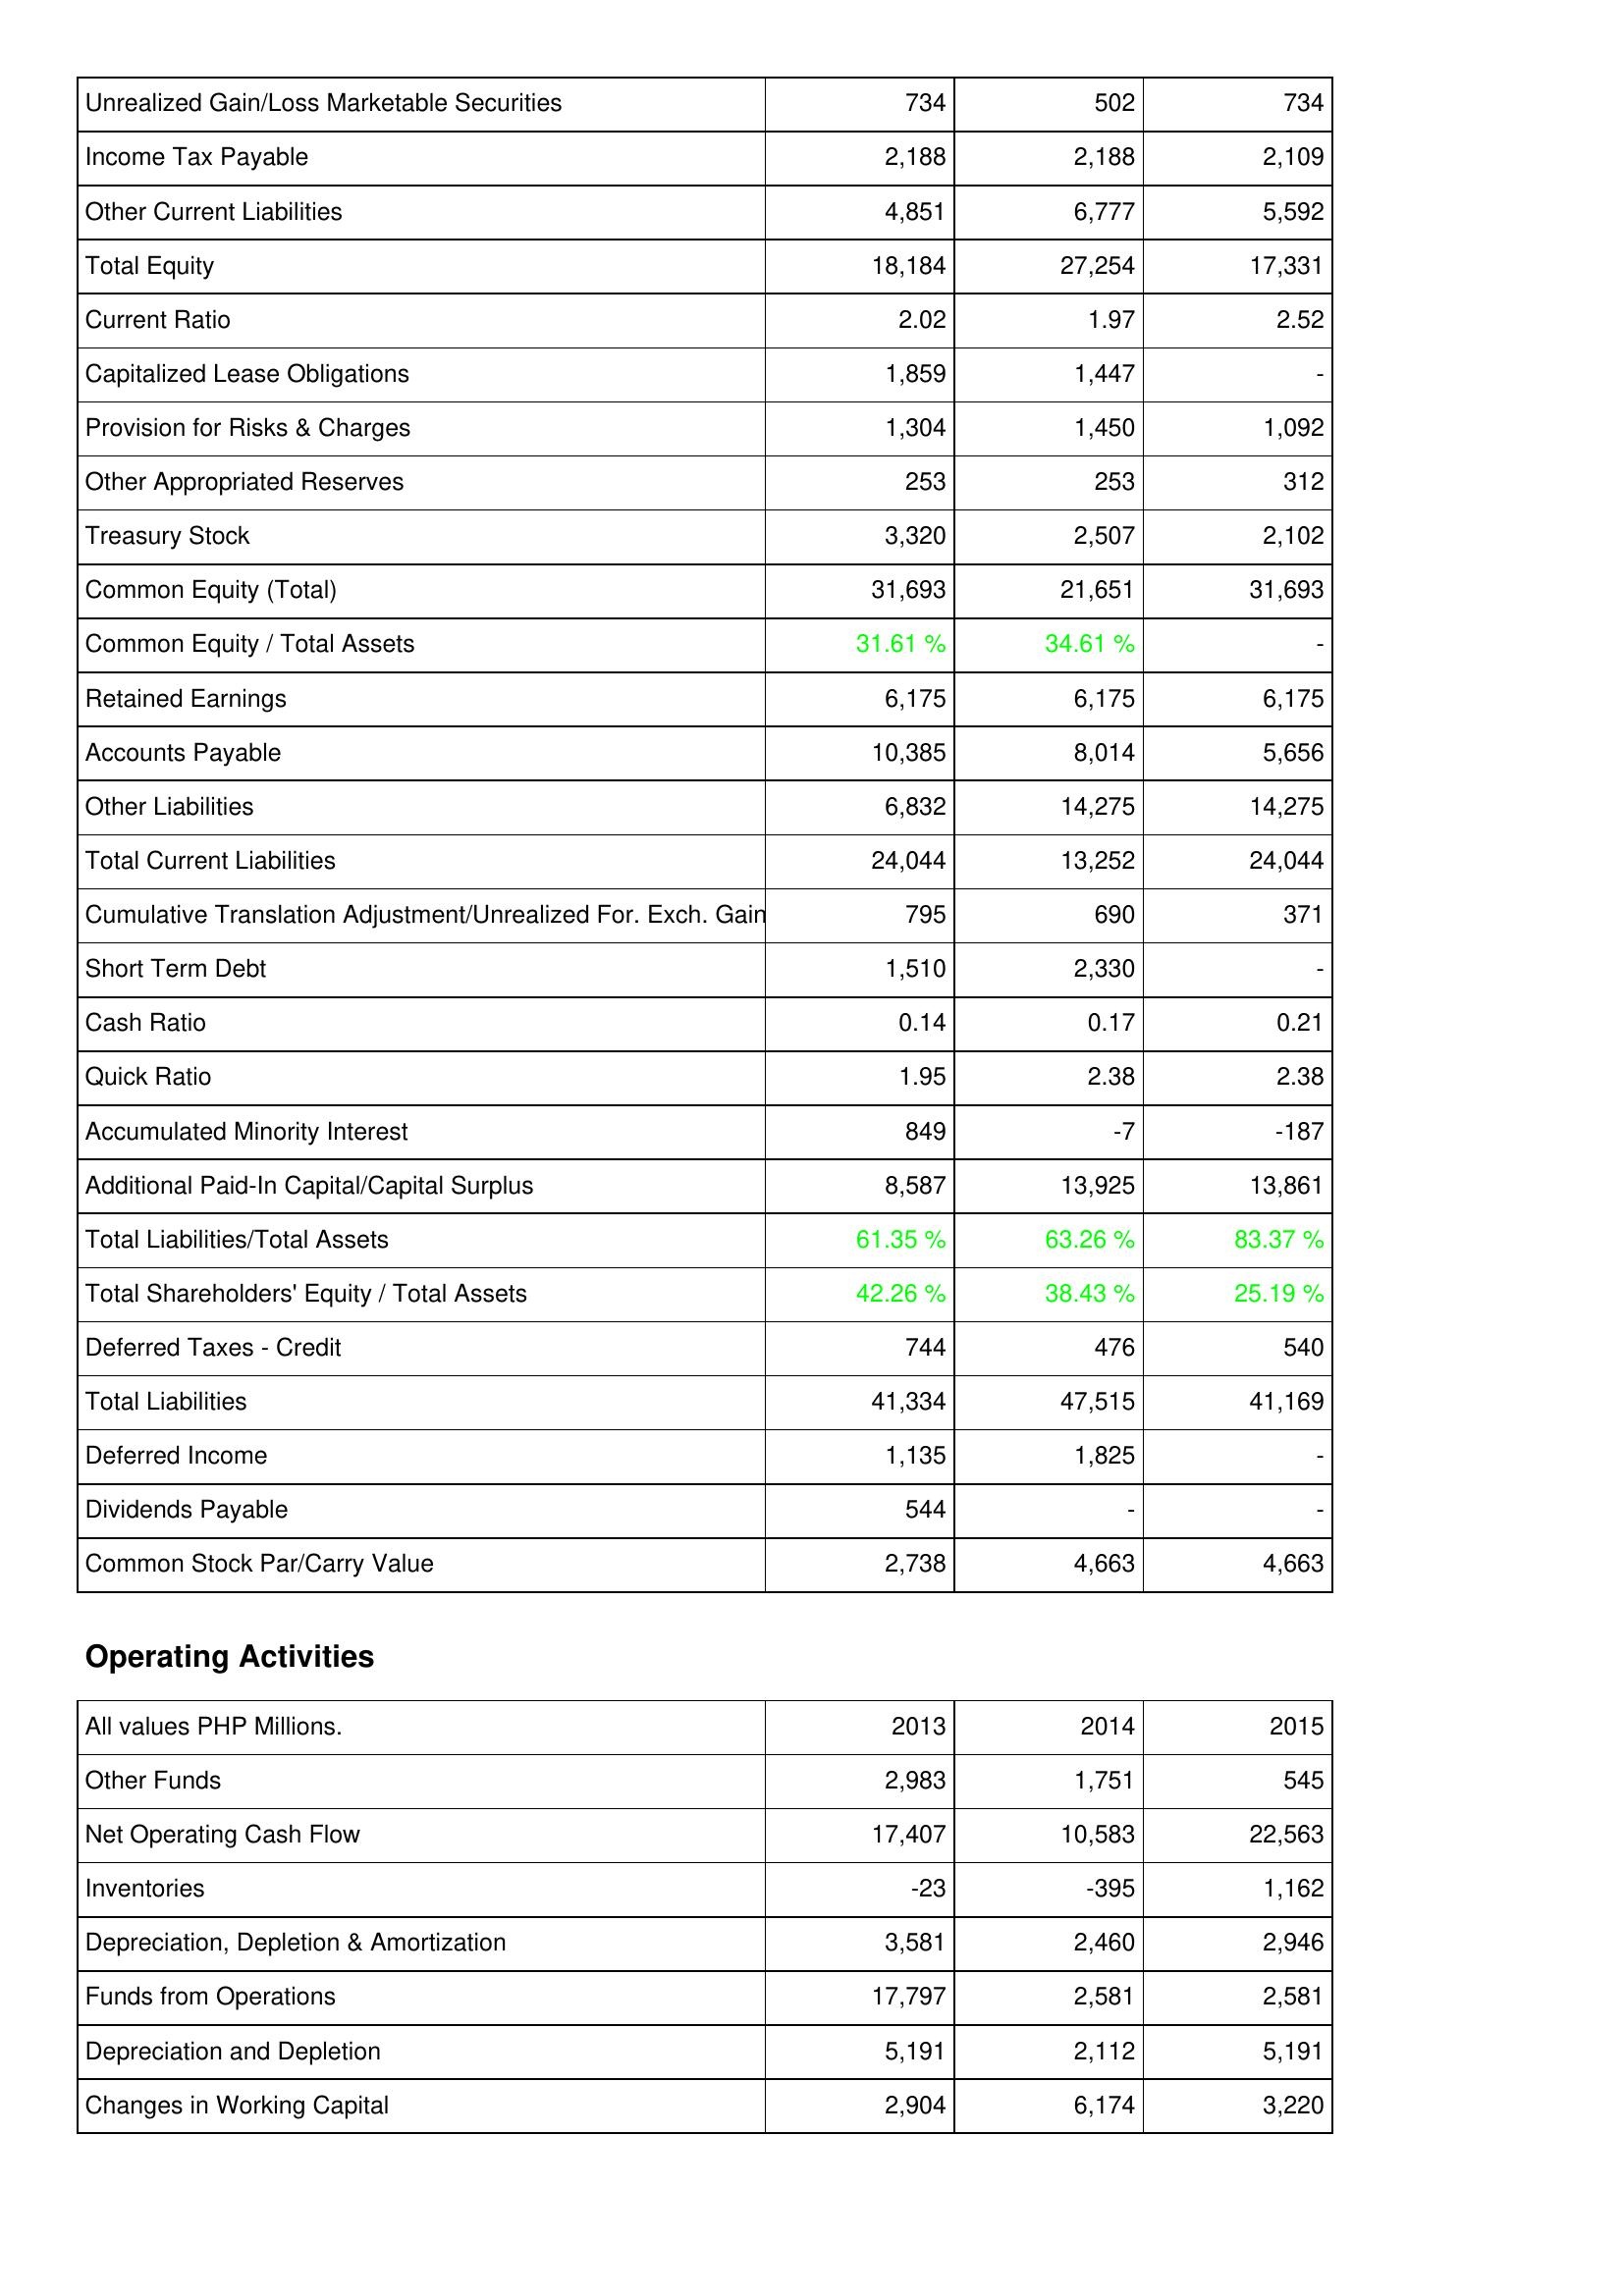
2013: Liabilities & Shareholders' Equity: Unrealized Gain/Loss Marketable Securities: 734
Income Tax Payable: 2,188
Other Current Liabilities: 4,851
Total Equity: 18,184
Current Ratio: 2.02
Capitalized Lease Obligations: 1,859
Provision for Risks & Charges: 1,304
Other Appropriated Reserves: 253
Treasury Stock: 3,320
Common Equity (Total): 31,693
Common Equity / Total Assets: 31.61 %
Retained Earnings: 6,175
Accounts Payable: 10,385
Other Liabilities: 6,832
Total Current Liabilities: 24,044
Cumulative Translation Adjustment/Unrealized For. Exch. Gain: 795
Short Term Debt: 1,510
Cash Ratio: 0.14
Quick Ratio: 1.95
Accumulated Minority Interest: 849
Additional Paid-In Capital/Capital Surplus: 8,587
Total Liabilities/Total Assets: 61.35 %
Total Shareholders' Equity / Total Assets: 42.26 %
Deferred Taxes - Credit: 744
Total Liabilities: 41,334
Deferred Income: 1,135
Dividends Payable: 544
Common Stock Par/Carry Value: 2,738
Operating Activities: Other Funds: 2,983
Net Operating Cash Flow: 17,407
Inventories: -23
Depreciation, Depletion & Amortization: 3,581
Funds from Operations: 17,797
Depreciation and Depletion: 5,191
Changes in Working Capital: 2,904
2014: Liabilities & Shareholders' Equity: Unrealized Gain/Loss Marketable Securities: 502
Income Tax Payable: 2,188
Other Current Liabilities: 6,777
Total Equity: 27,254
Current Ratio: 1.97
Capitalized Lease Obligations: 1,447
Provision for Risks & Charges: 1,450
Other Appropriated Reserves: 253
Treasury Stock: 2,507
Common Equity (Total): 21,651
Common Equity / Total Assets: 34.61 %
Retained Earnings: 6,175
Accounts Payable: 8,014
Other Liabilities: 14,275
Total Current Liabilities: 13,252
Cumulative Translation Adjustment/Unrealized For. Exch. Gain: 690
Short Term Debt: 2,330
Cash Ratio: 0.17
Quick Ratio: 2.38
Accumulated Minority Interest: -7
Additional Paid-In Capital/Capital Surplus: 13,925
Total Liabilities/Total Assets: 63.26 %
Total Shareholders' Equity / Total Assets: 38.43 %
Deferred Taxes - Credit: 476
Total Liabilities: 47,515
Deferred Income: 1,825
Dividends Payable: -
Common Stock Par/Carry Value: 4,663
Operating Activities: Other Funds: 1,751
Net Operating Cash Flow: 10,583
Inventories: -395
Depreciation, Depletion & Amortization: 2,460
Funds from Operations: 2,581
Depreciation and Depletion: 2,112
Changes in Working Capital: 6,174
2015: Liabilities & Shareholders' Equity: Unrealized Gain/Loss Marketable Securities: 734
Income Tax Payable: 2,109
Other Current Liabilities: 5,592
Total Equity: 17,331
Current Ratio: 2.52
Capitalized Lease Obligations: -
Provision for Risks & Charges: 1,092
Other Appropriated Reserves: 312
Treasury Stock: 2,102
Common Equity (Total): 31,693
Common Equity / Total Assets: -
Retained Earnings: 6,175
Accounts Payable: 5,656
Other Liabilities: 14,275
Total Current Liabilities: 24,044
Cumulative Translation Adjustment/Unrealized For. Exch. Gain: 371
Short Term Debt: -
Cash Ratio: 0.21
Quick Ratio: 2.38
Accumulated Minority Interest: -187
Additional Paid-In Capital/Capital Surplus: 13,861
Total Liabilities/Total Assets: 83.37 %
Total Shareholders' Equity / Total Assets: 25.19 %
Deferred Taxes - Credit: 540
Total Liabilities: 41,169
Deferred Income: -
Dividends Payable: -
Common Stock Par/Carry Value: 4,663
Operating Activities: Other Funds: 545
Net Operating Cash Flow: 22,563
Inventories: 1,162
Depreciation, Depletion & Amortization: 2,946
Funds from Operations: 2,581
Depreciation and Depletion: 5,191
Changes in Working Capital: 3,220